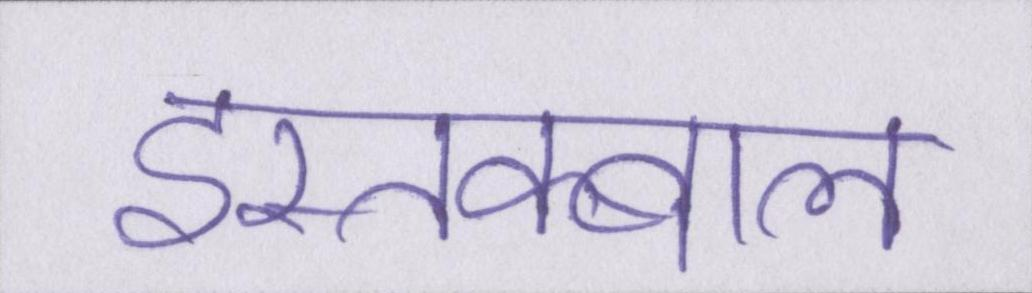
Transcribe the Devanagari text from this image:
इस्तक्बाल